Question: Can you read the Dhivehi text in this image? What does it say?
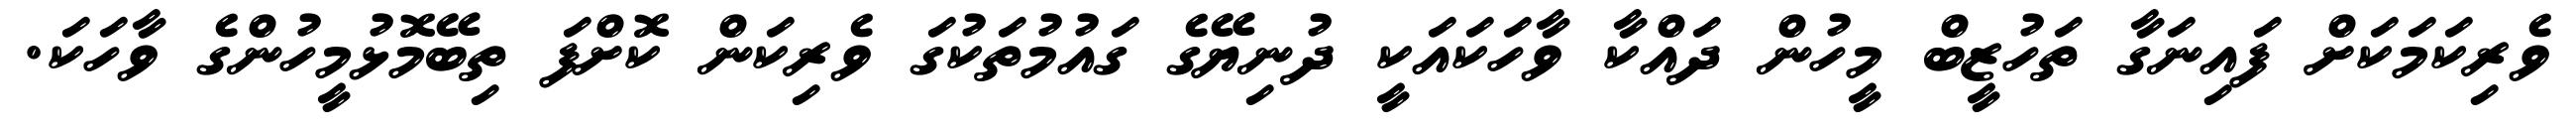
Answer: ވެރިކަމަކަށް ފައިނަގާ ތަހުޒީބް މީހުން ދައްކާ ވާހަކައަކީ ދުނިޔޭގެ ގައުމުތަކުގަ ވެރިކަން ކޮށްފަ ތިބޭމޮޅުމީހުންގެ ވާހަކަ.